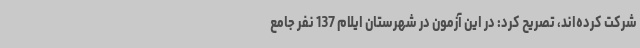
شرکت کرده‌اند، تصریح کرد: در این آزمون در شهرستان ایلام 137 نفر جامع